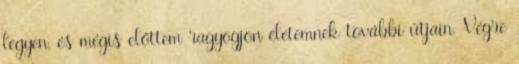
legyen, és mégis előttem ragyogjon életemnek további útjain. Végre